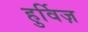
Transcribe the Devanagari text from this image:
हुर्विज़